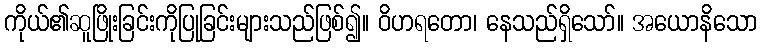
ကိုယ်၏ဆူဖြိုးခြင်းကိုပြုခြင်းများသည်ဖြစ်၍။ ဝိဟရတော၊ နေသည်ရှိသော်။ အယောနိသော